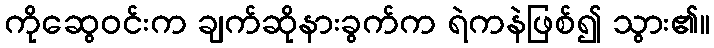
ကိုဆွေဝင်းက ချက်ဆိုနားခွက်က ရဲကနဲဖြစ်၍ သွား၏။